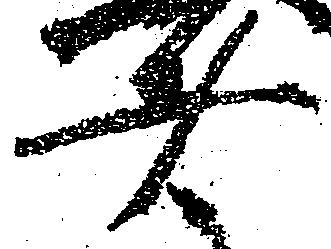
者